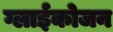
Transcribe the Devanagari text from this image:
ग्लाईकोजन